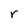
Character: r